Lunatic asylums Bombay report 1878-1890 - 1878-1890
Year: 1878
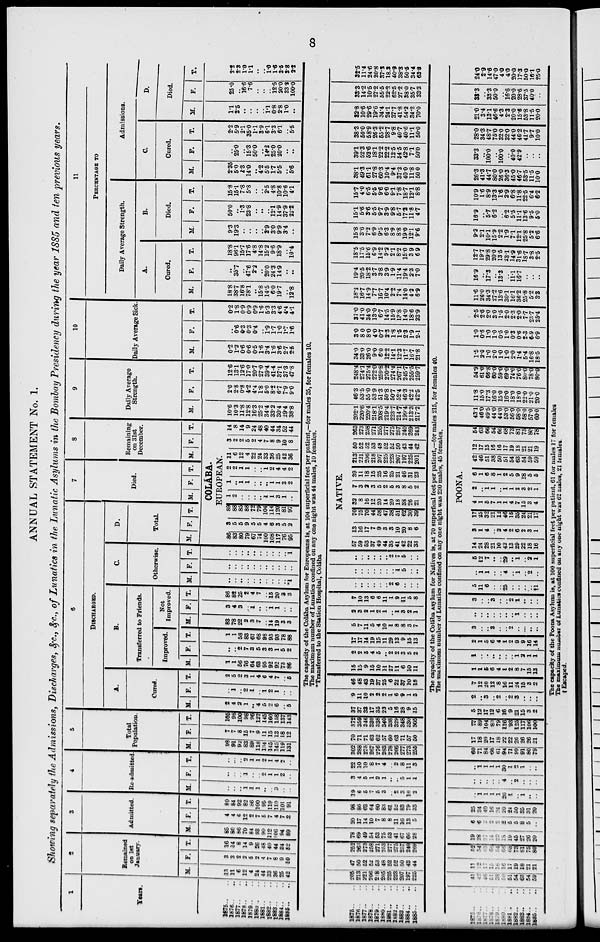
8
ANNUAL STATEMENT No. 1.
Showing separately the Admissions, Discharges, &c., &c., of Lunatics in the Lunatic Asylums in the Bombay Presidency during the year 1885 and ten previous years.
1
Years.
1875 .. ..
1876 . . ..
1877.. ..
1878.. ..
1879.. ..
1880 . ..
1881 .. ..
1882 .. ..
1883 .. ..
1884 .. ..
1885 .. ..
2
Remained
on 1st
January.
M.
13
11
6
12
4
24
44
33
36
25
42
F.
3
3
2
2
5
2
4
7
8
9
10
T.
16
14
8
14
9
26
48
40
44
34
52
3
Admitted.
M.
85
80
86
70
84
93
90
112
06
94
89
F.
4
4
6
12
2
7
5
7
4
7
2
T.
89
84
92
82
86
100
95
119
110
101
91
4
Re-admitted.
M.
..
..
..
1
1
1
..
..
3
..
..
F.
..
..
..
1
..
..
2
1
1
2
..
T.
..
...
..
2
1
1
2
1
4
2
..
5
Total
Population.
M.
98
91
92
83
89
118
134
145
145
119
131
F.
7
7
8
15
7
9
11
15
13
18
12
T.
105
98
100
98
96
127
145
160
158
137
143
6
DISCHARGED.
A.
Cured.
M.
2
4
2
1
..
4
5
2
6
..
5
F.
..
1
..
2
1
..
1
2
1
..
T.
2
5
2
3
1
4
6
4
7
..
5
B.
Transferred to Friends.
Improved.
M.
1
1
56
76
64
63
95
92
92
73
86
F.
..
..
2
7
3
5
3
3
1
5
2
T.
1
1
58
83
67
68
98
95
93
78
88
Not
Improved.
M.
83
78
22
2
3
7
..
14
19
3
3
F.
3
4
3
..
1
..
..
1
1
..
..
T.
86
82
25
2
4
7
..
15
20
3
3
C.
Otherwise.
M.
..
..
..
..
..
..
..
..
..
..
*1
F.
..
..
..
..
..
..
..
..
..
..
..
T.
..
..
..
..
..
..
..
..
..
..
1
D.
Total.
M. F.
T.
7
Died.
M. F. T.
8
Remaining
on 31st
December.
M. F. T.
COLÁBA.
EUROPEAN.
86
83
80
79
67
74
100
108
117
76
95
3
5
5
9
5
5
4
6
3
5
2
89
88
85
88
72
79
104
114
120
81
97
1
2
..
..
..
..
1
1
3
1
..
1
..
1
1
..
..
..
1
1
3
2
2
2
1
1
..
..
1
2
4
4
2
11
6
12
4
22
24
33
36
25
42
36
3
2
2
5
2
4
7
8
9
10
8
14
8
14
9
24
48
40
44
34
52
44
9
Daily Average
Strength.
M.
10.6
10.3
11.8
12.8
16.3
25.2
34.4
33.2
30.4
29.4
38.8
F.
2.0
2.8
0.8
4.2
4.4
1.8
5.0
8.2
6.7
7.9
9.0
T.
12.6
13.1
12.6
17.0
20.7
27.0
39.4
41.4
37.1
37.3
47.8
10
Daily Average Sick.
M.
0.2
1.2
0.6
0.6
0.5
1.6
3.4
1.6
3.6
2.7
2.5
F.
..
0.6
0.3
0.3
0.4
..
1.9
1.7
1.0
1.7
1.6
T.
0.2
1.8
0.9
0.9
0.9
1.6
5.3
3.3
4.6
4.4
4.1
11
PERCENTAGE
TO
Daily Average Strength.
A.
Cured.
M.
18.8
38.7
16.8
78.1
..
15.8
14.5
6.0
19.7
..
12.8
F.
..
35.7
..
47.6
2.2
..
20.0
24.3
14.9
..
..
T.
18.8
96.1
15.7
17.6
4.8
14.8
15.2
9.6
18.9
..
10.4
B.
Died.
M.
9.3
19.3
..
..
..
..
2.9
3.0
9.9
3.4
..
F.
50.0
..
1.3
23.8
..
..
..
12.1
14.9
37.9
22.2
T.
15.8
15.1
7.8
5.8
..
..
2.5
4.8
10.8
10.6
4.1
Admissions.
C.
Cured.
M.
2.35
5.0
2.3
14.0
..
4.2
5.5
1.7
5.5
..
5.6
F.
..
25.0
..
15.3
50.0
..
14.2
25.0
20.0
..
..
T.
2.2
5.9
2.1
35.0
1.1
3.9
6.1
3.3
6.1
..
5.5
D.
Died.
M.
1.1
2.5
..
..
..
..
1.1
0.8
2.8
1.0
..
F.
25.0
..
16.6
7.6
..
..
..
12.5
20.0
33.3
100.0
T.
2.2
2.3
1.0
1.1
..
..
1.0
1.6
3.5
3.8
2.2
The capacity .of the Colába Asylum for Europeans is, at 104 superficial feet per patient,—for males 35, for females 10.
The maximum number of Lunatics confined on any one night was 44 males, 10 females.
*Transferred to the Station Hospital, Colába
1875 .. ..
1876 .. ..
1877 .. ..
1878 .. ..
1879 .. ..
1880 .. ..
1881 .. ..
1882 .. ..
1883 .. ..
1884 .. ..
1885 .. ..
205
213
221
206
218
205
225
223
207
197
225
47
50
52
52
53
48
52
52
50
43
44
252
263
273
258
271
253
277
275
257
240
269
78
69
49
54
63
75
53
41
67
66
28
20
17
14
10
7
8
8
11
16
13
5
98
86
63
64
60
83
61
52
83
79
33
19
6
5
7
5
3
..
2
3
10
2
3
4
5
1
2
1
..
..
5
1
1
22
10
10
8
7
4
..
2
8
11
3
302
288
275
267
276
283
278
266
277
273
255
70
71
71
63
62
57
60
63
71
57
50
372
359
346
330
338
340
338
329
..
330
305
37
37
33
17
35
23
5
16
28
9
15
9
11
10
2
2
2
1
6
9
1
3
46
48
43
19
37
25
6
22
37
10
18
15
15
9
15
10
11
27
11
6
10
11
2
2
5
4
5
..
2
2
3
5
2
17
17
14
19
15
11
29
13
9
15
13
5
7
11
5
4
10
1
8
8
3
7
2
3
2
1
2
1
..
1
3
2
1
7
10
13
6
6
11
1
9
11
5
8
..
..
..
..
..
..
2
6
..
..
..
..
..
..
..
..
..
..
1
5
..
..
..
..
..
..
..
..
2
7
5
..
..
NATIVE.
57
59
53
37
49
44
35
41
42
22
33
13
16
17
7
9
3
3
10
20
8
6
70
75
70
44
58
47
38
51
62
30
39
32
8
16
12
20
14
20
18
38
26
21
7
3
2
3
5
2
5
3
8
5
2
39
11
18
15
25
16
25
21
46
31
23
213
221
206
218
207
225
223
207
197
225
201
50
52
52
53
48
52
52
50
43
44
42
263
273
258
271
255
277
275
257
240
269
243
202.1
220.6
220.4
218.1
208.5
219.4
223.7
214.7
199.4
213.3
217.2
46.3
53.5
55.0
53.9
51.3
50.8
50.7
52.4
46.3
42.2
42.5
248.4
274.1
275.4
272.0
259.8
270.2
274.4
267.1
245.7
255.5
259.7
34.0
33 0
26.0
9.0
6.0
12.2
14.1
12.3
11.7
16.7
21.8
3.0
8.0
8.0
4.0
0.7
2.3
1.8
1.5
2.3
1.9
2.1
37.0
41.0
34.0
13.0
6.7
14.5
15.9
13.8
14.0
18.6
23.9
18.2
16.7
14.9
7.7
16.7
10.4
2.2
7.4
14.0
4.2
6.9
19.4
20.5
18.2
3.7
3.8
3.9
1.9
11.4
19.4
2.3
7.0
18.5
17.5
15.6
6.9
14.2
9.2
2.1
8.2
15.0
3.9
6.9
15.8
3.6
7.2
6.9
9.5
6.3
8.9
8.8
19.0
12.1
9.6
15.1
5.6
3.6
5.5
9.7
3.9
9.8
5.7
17.2
11.8
4.7
15.7
4.0
6.5
5.5
9.6
6.0
9.1
7.8
18.7
12.1
8.8
38.1
49.3
61.1
27.8
60.3
10.4
9.4
37.2
40.0
11.8
50.0
39.1
52.3
52.6
18.1
22.2
22.2
12.5
54.5
42.8
7.1
50.0
38.3
50.0
58.9
26.3
55.2
28.7
9.8
40.7
40.6
11.1
50.0
32.8
10.6
29.6
19.6
34.4
24.1
37.7
41.8
54.2
34.2
70.0
33.3
14.2
10.5
27.2
55.5
22.2
62.5
27.2
38.0
35.7
33.3
32.5
11.4
24.6
20.8
37.3
18.3
40.9
38.3
50.5
34.4
63.8
The capacity of the Colába Asylum for Natives is, at 70 superfical feet per patient,—for males 215, for females 40.
The maximum number of Lunatics confined on any one night was 230 males, 45 females.
1875 .. ..
1876 .. ..
1877 .. ..
1878 .. ..
1879 .. ..
1880 .. ..
1881 .. ..
1882 .. ..
1883 .. ..
1884 .. ..
1885 .. ..
41
42
46
51
38
50
51
54
63
54
59
11
12
17
15
16
16
17
19
18
21
21
52
54
63
66
54
66
68
73
61
75
80
19
28
37
14
22
18
19
45
27
26
20
6
6
3
2
2
2
5
5
8
5
..
25
34
40
16
24
20
24
50
35
31
20
..
1
1
1
1
26
1
..
1
..
..
..
..
..
..
..
4
..
2
..
..
..
..
1
1
1
1
30
1
2
1
..
..
60
71
84
66
61
94
71
99
91
80
79
17
18
20
17
18
22
22
26
26
26
21
77
89
104
83
79
116
93
125
117
106
100
5
12
17
12
6
16
9
21
15
3
2
2
..
3
..
2
..
2
3
..
..
..
7
12
20
12
8
16
11
24
15
3
2
1
1
5
6
4
1
2
8
7
15
13
1
..
..
..
..
..
..
1
2
1
1
2
1
5
6
4
1
2
9
9
16
14
3
..
..
3
..
..
2
..
..
..
..
..
..
..
..
..
..
..
1
..
..
..
3
..
..
3
..
..
2
1
..
..
..
5
11
6
..
..
25
..
..
..
..
11
..
1
1
..
..
4
..
1
..
2
..
5
12
7
..
..
29
..
1
..
2
1
POONA.
14
24
28
21
10
42
13
29
22
18
16
3
1
4
..
2
4
2
6
2
3
1
17
25
32
21
12
46
15
35
24
21
17
4
1
5
7
1
1
4
7
15
3
4
2 ..
1
1
..
1
1
2
3
2
1
6
1
6
8
1
2
5
9
18
5
5
42
46
51
38
50
51
54
63
54
59
59
12
17
15
16
16
17
19
18
21
21
19
54
63
66
54
66
68
73
81
75
80
78
43.1
46.0
49.5
44.0
44.0
53.0
56.0
58.0
58.0
57.0
60.0
11.8
15.0
17.3
16.0
15.0
16.0
18.0
18.0
22.0
21.0
20.0
54.9
61.0
66.8
60.0
59.0
69.0
74.0
76.0
80.0
78.0
80.0
1.5
2.0
1.0
2.0
1.0
1.0
2.0
1.4
5.4
16.8
18.5
1.0
0.6
1.0
1.0
0.5
1.0
0.3
0.6
2.3
6.9
6.9
2.5
2.6
2.0
3.0
1.5
2.0
2.3
2.0
7.7
23.7
25.4
11.6
26.0
34.3
27.2
13.6
30.1
16.1
36.2
25.8
5.2
3.3
16.9
..
17.3
..
13.3
..
11.1
16.7
..
..
..
12.7
19.7
29.8
20.0
13.5
23.1
14.9
3l.6
18.7
3.8
2.5
9.2
2.1
10.1
15.9
2.2
1.9
7.1
12.1
25.8
5.2
6.6
16.9
..
5.7
6.2
..
6.2
5.5
11.1
13.6
9.5
5.0
10.9
1.6
8.9
13.3
1.6
2.9
6.8
11.8
22.5
6.4
6.2
26.3
41.3
44.7
80.0
26.0
36.3
45.0
46.7
53.5
11.5
10.0
33.3
.,
100.0
..
100.0
..
40.0
42.9
..
..
..
28.0
34.3
48.7
75.0
32.0
32.0
44.0
46.2
41.7
9.7
10.0
21.0
3.4
13.1
46.6
4.3
2.3
20.0
15.6
53.8
11.5
20.0
33.3
..
33.3
50.0
..
16.6
20.0
28.6
37.5
40.0
..
24.0
2.9
14.6
47.0
4.0
4.0
20.0
17.3
50.0
16.1
25.0
The capacity of the Poona Asylum is, at 100 superficial feet per patient, 61 for males 17 for females
The maximum number of Lunatics confined on any one night was 62 males, 21 females.
†Escaped.